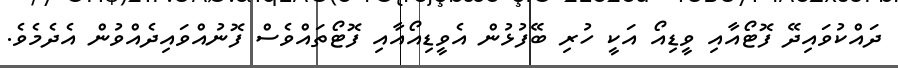
ދައްކުވައިދޭ ފޮޓޯއާއި ވީޑިއޯ އަކީ ހުރި ބޭފުޅުން އެވީޑިއޯއާއި ފޮޓޯތައްވެސް ފޮނުއްވައިދެއްވުން އެދެމެވެ.